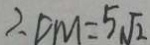
\therefore C M = 5 \sqrt { 2 }